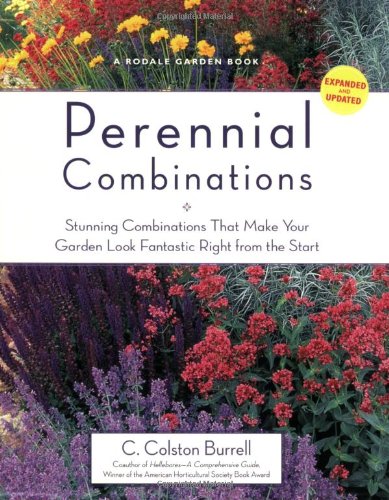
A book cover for Perennial Combinations: Stunning Combinations That Make Your Garden Look Fantastic Right from the Start (Rodale Garden Book); C. Colston Burrell; Crafts, Hobbies & Home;